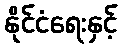
နိုင်ငံရေးနှင့်